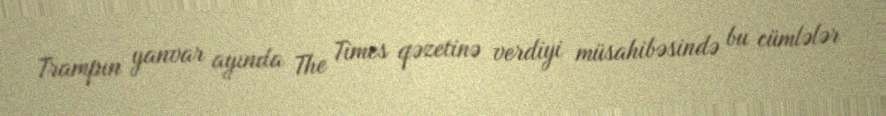
Trampın yanvar ayında The Times qəzetinə verdiyi müsahibəsində bu cümlələr